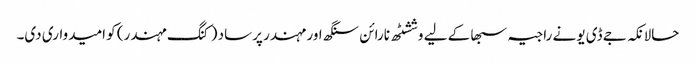
حالانکہ جے ڈی یو نے راجیہ سبھا کے لیے وششٹھ نارائن سنگھ اور مہندر پرساد (کنگ مہندر) کو امیدواری دی۔